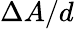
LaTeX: \Delta A/d